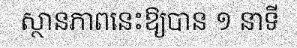
ស្ថានភាពនេះឱ្យបាន ១ នាទី